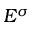
E ^ { \sigma }